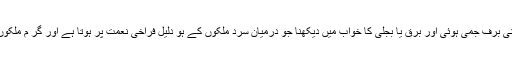
اور بعض معبروں نے کہا ہے کہ یخ یعنی برف جمی ہوئی اور برق یا بجلی کا خواب میں دیکھنا جو درمیان سرد ملکوں کے ہو دلیل فراخی نعمت پر ہوتا ہے اور گر م ملکوں میں دلیل قحط اور ندوہ پر ہوا کرتا ہے۔